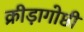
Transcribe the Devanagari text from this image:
क्रीड़ागोष्ठी